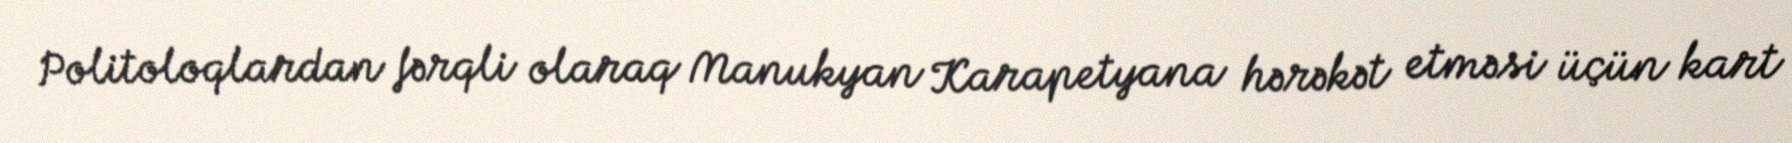
Politoloqlardan fərqli olaraq Manukyan Karapetyana hərəkət etməsi üçün kart